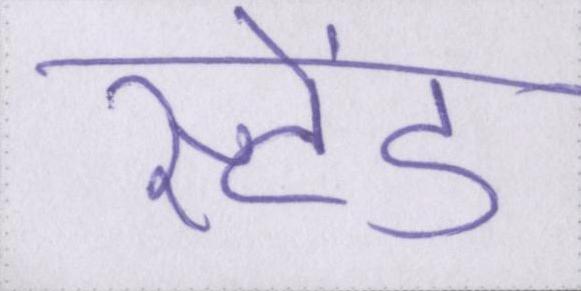
स्टेंड